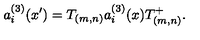
a _ { i } ^ { ( 3 ) } ( x { ' } ) = T _ { ( m , n ) } a _ { i } ^ { ( 3 ) } ( x ) T _ { ( m , n ) } ^ { + } .